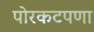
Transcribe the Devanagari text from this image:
पोरकटपणा